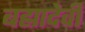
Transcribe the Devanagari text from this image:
बह्मादेवी